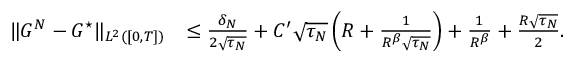
\begin{array} { r l } { \| G ^ { N } - G ^ { \star } \| _ { L ^ { 2 } ( [ 0 , T ] ) } } & { \le \frac { \delta _ { N } } { 2 \sqrt { \tau _ { N } } } + C ^ { \prime } \sqrt { \tau _ { N } } \left( R + \frac { 1 } { R ^ { \beta } \sqrt { \tau _ { N } } } \right) + \frac { 1 } { R ^ { \beta } } + \frac { R \sqrt { \tau _ { N } } } { 2 } . } \end{array}